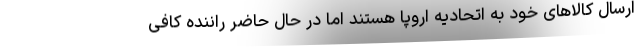
ارسال کالاهای خود به اتحادیه اروپا هستند اما در حال حاضر راننده کافی